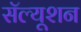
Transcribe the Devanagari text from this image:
सॅल्यूशन